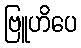
ဗြူဟိပေ